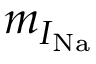
m _ { I _ { \mathrm { N a } } }